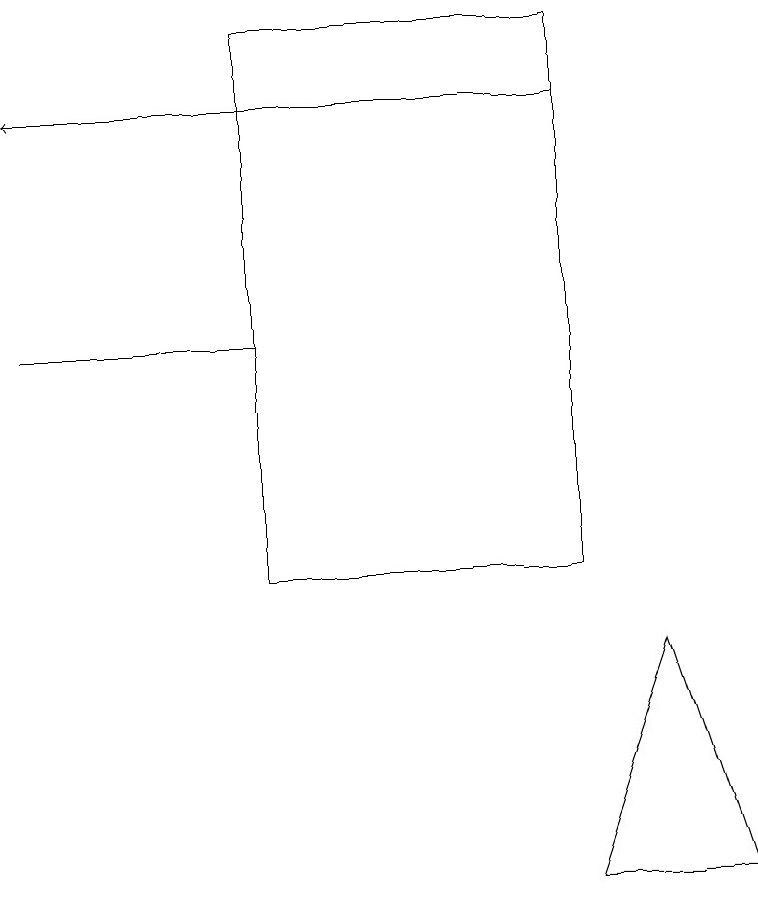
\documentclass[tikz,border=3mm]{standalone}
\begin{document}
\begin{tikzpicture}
\draw (3,17) rectangle (7,10);
\draw (3,13) rectangle (0,13);
\draw[->] (7,16) -- (0,16);
\draw (9,6) -- (8,9) -- (7,6) -- cycle;
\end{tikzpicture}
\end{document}